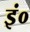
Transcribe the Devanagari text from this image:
इं०